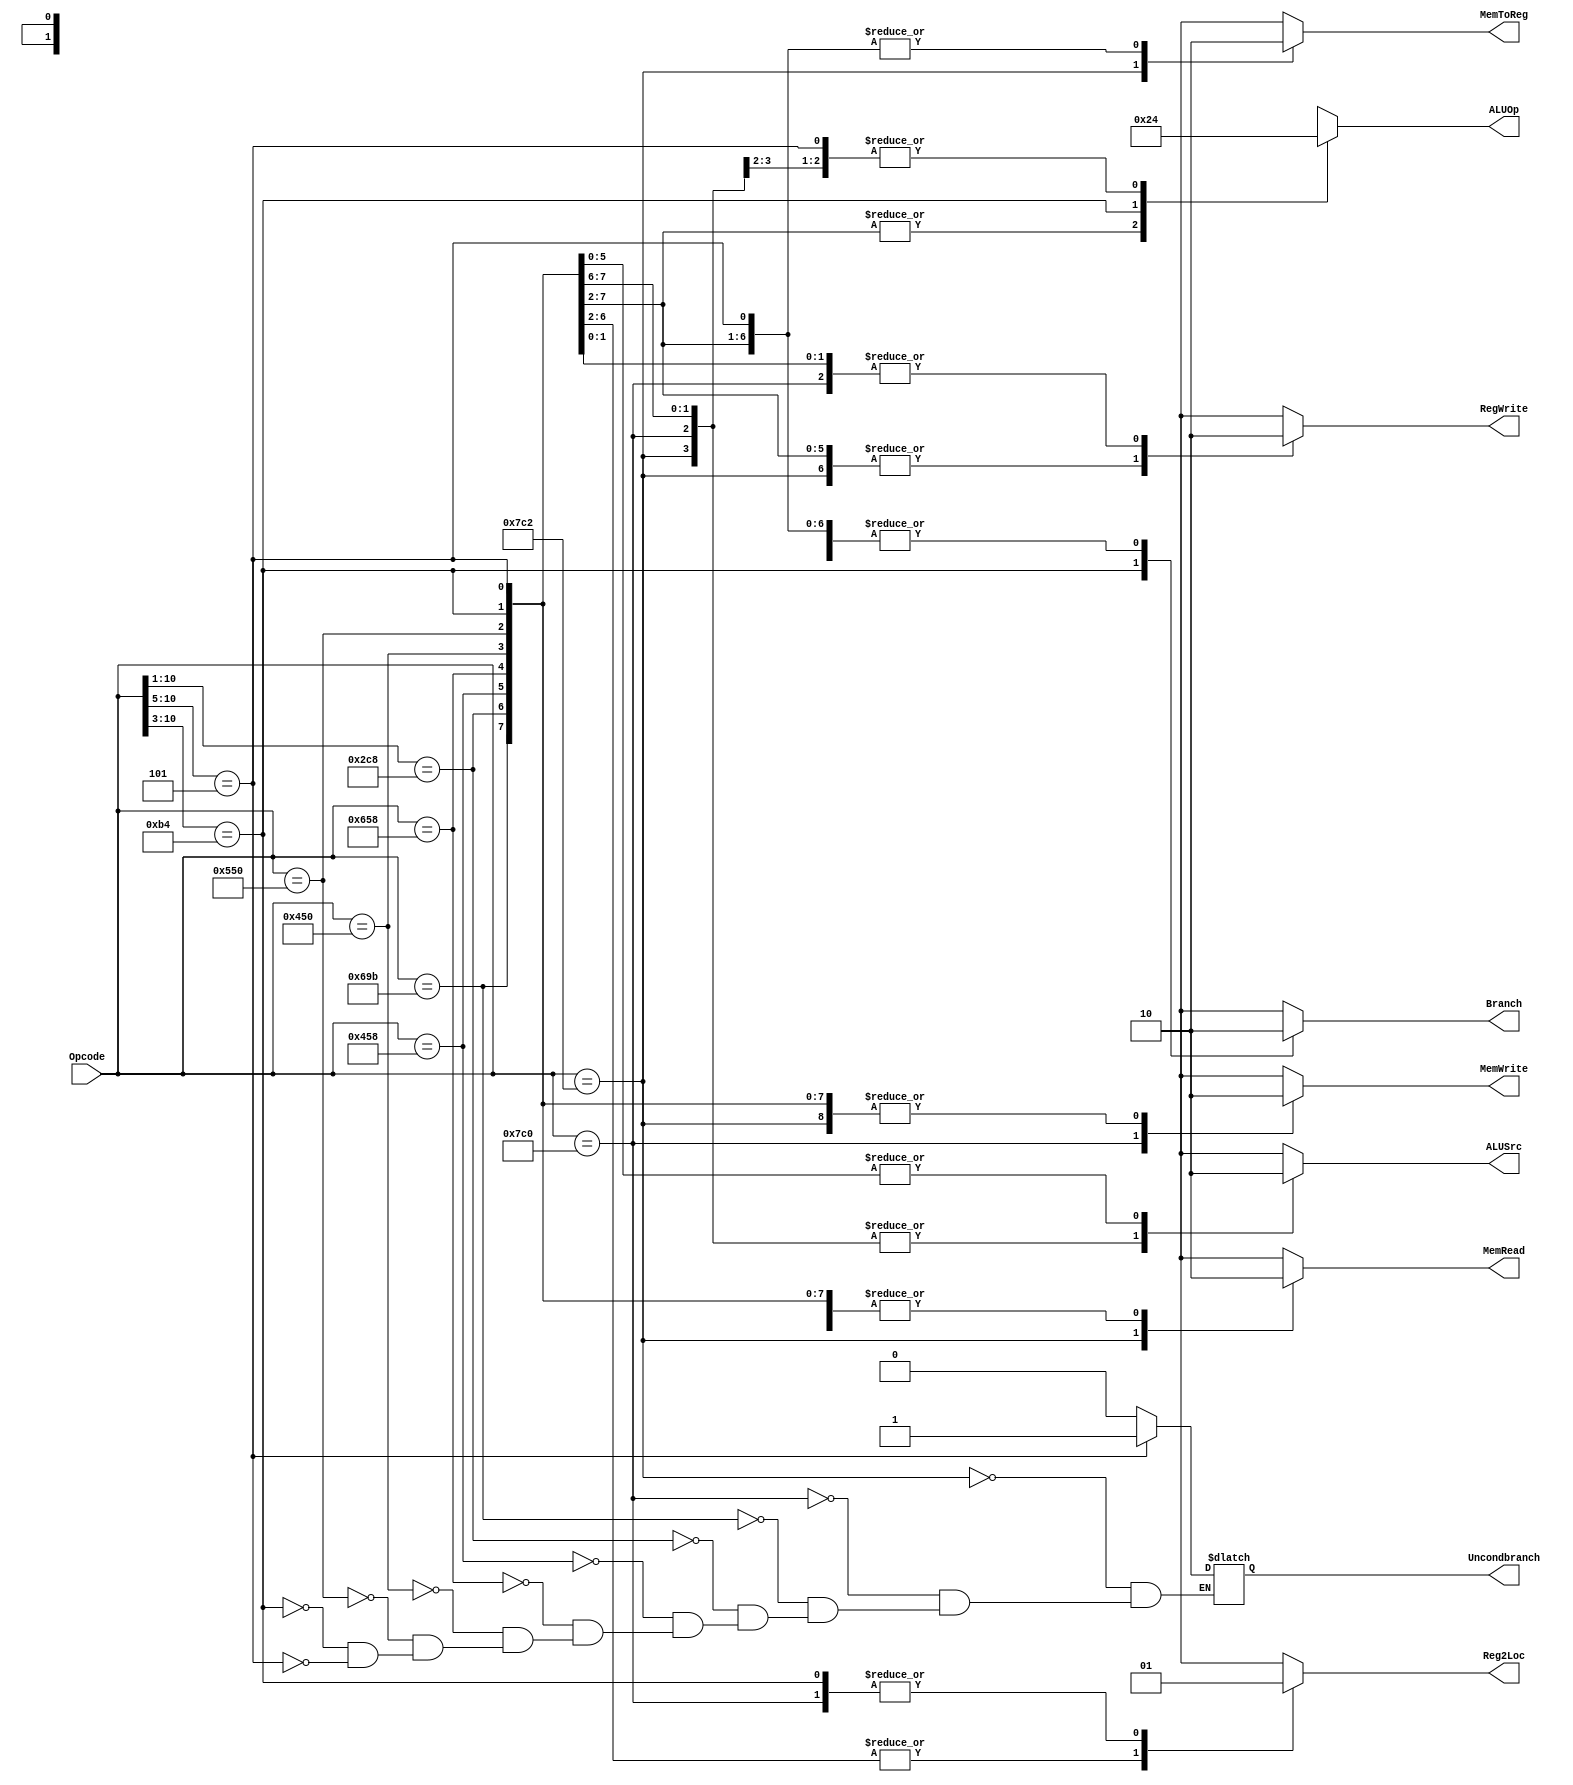
`timescale 1ns / 1ps

`define LSLOPCODE  11'b11010011011
`define ORRIOPCODE 11'b1011001000?
`define LDUROPCODE 11'b11111000010
`define STUROPCODE 11'b11111000000
`define ADDOPCODE  11'b10001011000
`define SUBOPCODE  11'b11001011000
`define ANDOPCODE  11'b10001010000
`define ORROPCODE  11'b10101010000
`define CBZOPCODE  11'b10110100???
`define BOPCODE    11'b000101?????
/* Note, the "?"'s in CBZ and B indicate don't care in a casez */

module SingleCycleControl(Reg2Loc, ALUSrc, MemToReg, RegWrite, MemRead, MemWrite, Branch, Uncondbranch, ALUOp, Opcode);
   input [10:0] Opcode;
   output 	Reg2Loc;
   output 	ALUSrc;
   output 	MemToReg;
   output 	RegWrite;
   output 	MemRead;
   output 	MemWrite;
   output 	Branch;
   output 	Uncondbranch;
   
   output [1:0] ALUOp;
   
   reg 		Reg2Loc, ALUSrc, MemToReg, RegWrite, MemRead, MemWrite, Branch, Uncondbranch;
   reg [1:0] 	ALUOp;
   always @ (Opcode) begin
      casez(Opcode)
        `LDUROPCODE: begin /* LDUR */
           	Reg2Loc <= #2 1'bx;
           	Uncondbranch <= #2 1'b0;
           	Branch <= #2 1'b0;
           	MemRead <= #2 1'b1;
           	MemToReg <= #2 1'b1;
           	MemWrite <= #2 1'b0;
           	ALUSrc <= #2 1'b1;
           	RegWrite <= #2 1'b1;
           	ALUOp <= #2 2'b00;
        end
        `STUROPCODE: begin /* STUR */
        	  Reg2Loc <= #2 1'b1; 
           	Uncondbranch <= #2 1'b0;
           	Branch <= #2 1'b0;
           	MemRead <= #2 1'b0;
           	MemToReg <= #2 1'bx;
           	MemWrite <= #2 1'b1;
           	ALUSrc <= #2 1'b1;
           	RegWrite <= #2 1'b0;
           	ALUOp <= #2 2'b00;
        end
        `LSLOPCODE: begin /* LSL */
           Reg2Loc <= #2 1'bx;
           Uncondbranch <= #2 1'b0;
           Branch <= #2 1'b0;
           MemRead <= #2 1'b0;
           MemToReg <= #2 1'b0;
           MemWrite <= #2 1'b0;
           ALUSrc <= #2 1'b1;
           RegWrite <= #2 1'b1;
           ALUOp <= #2 2'b10;
        end
        `ORRIOPCODE: begin /* ORRI */
           Reg2Loc <= #2 1'b0;
           Uncondbranch <= #2 1'b0;
           Branch <= #2 1'b0;
           MemRead <= #2 1'b0;
           MemToReg <= #2 1'b0;
           MemWrite <= #2 1'b0;
           ALUSrc <= #2 1'b1;
           RegWrite <= #2 1'b1;
           ALUOp <= #2 2'b10;
       end
        `ADDOPCODE: begin /* ADD */
			      Reg2Loc <= #2 1'b0; 
           	Uncondbranch <= #2 1'b0;
           	Branch <= #2 1'b0;
           	MemRead <= #2 1'b0;
           	MemToReg <= #2 1'b0;
           	MemWrite <= #2 1'b0;
           	ALUSrc <= #2 1'b0;
           	RegWrite <= #2 1'b1;
           	ALUOp <= #2 2'b10;
        end
        `SUBOPCODE: begin /* SUB */
        	  Reg2Loc <= #2 1'b0; 
           	Uncondbranch <= #2 1'b0;
           	Branch <= #2 1'b0;
           	MemRead <= #2 1'b0;
           	MemToReg <= #2 1'b0;
           	MemWrite <= #2 1'b0;
           	ALUSrc <= #2 1'b0;
           	RegWrite <= #2 1'b1;
           	ALUOp <= #2 2'b10;
        end
        `ANDOPCODE: begin /* AND */
			      Reg2Loc <= #2 1'b0; 
           	Uncondbranch <= #2 1'b0;
           	Branch <= #2 1'b0;
           	MemRead <= #2 1'b0;
           	MemToReg <= #2 1'b0;
           	MemWrite <= #2 1'b0;
           	ALUSrc <= #2 1'b0;
           	RegWrite <= #2 1'b1;
           	ALUOp <= #2 2'b10;
        end
        `ORROPCODE: begin /* OR */
			      Reg2Loc <= #2 1'b0; 
           	Uncondbranch <= #2 1'b0;
           	Branch <= #2 1'b0;
           	MemRead <= #2 1'b0;
           	MemToReg <= #2 1'b0;
           	MemWrite <= #2 1'b0;
           	ALUSrc <= #2 1'b0;
           	RegWrite <= #2 1'b1;
           	ALUOp <= #2 2'b10;
        end
        `CBZOPCODE: begin /* CBZ */
   			    Reg2Loc <= #2 1'b1; 
           	Uncondbranch <= #2 1'b0;
           	Branch <= #2 1'b1;
           	MemRead <= #2 1'b0;
           	MemToReg <= #2 1'bx;
           	MemWrite <= #2 1'b0;
           	ALUSrc <= #2 1'b0;
           	RegWrite <= #2 1'b0;
           	ALUOp <= #2 2'b01;
        end
        `BOPCODE: begin /* B */
        	  Reg2Loc <= #2 1'bx; 
           	Uncondbranch <= #2 1'b1;
           	Branch <= #2 1'b0;
           	MemRead <= #2 1'b0;
           	MemToReg <= #2 1'b0;
           	MemWrite <= #2 1'b0;
           	ALUSrc <= #2 1'b0;
           	RegWrite <= #2 1'b0;
           	ALUOp <= #2 2'b00;
        end
        default: begin
           Reg2Loc <= #2 1'bx;
           ALUSrc <= #2 1'bx;
           MemToReg <= #2 1'bx;
           RegWrite <= #2 1'bx;
           MemRead <= #2 1'bx;
           MemWrite <= #2 1'bx;
           Branch <= #2 1'bx;
           ALUOp <= #2 2'bxx;
        end
      endcase
   end
endmodule